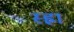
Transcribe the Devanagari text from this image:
स्ह्रा